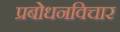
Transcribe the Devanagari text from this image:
प्रबोधनविचार